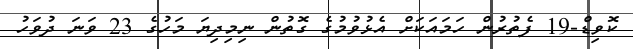
ކޮވިޑް-19 ފެތުރުން ހަމައަކަށް އެޅުވުމުގެ ގޮތުން ނިމިދިޔަ މަހުގެ 23 ވަނަ ދުވަހު